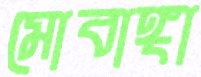
মোবাঙ্গা